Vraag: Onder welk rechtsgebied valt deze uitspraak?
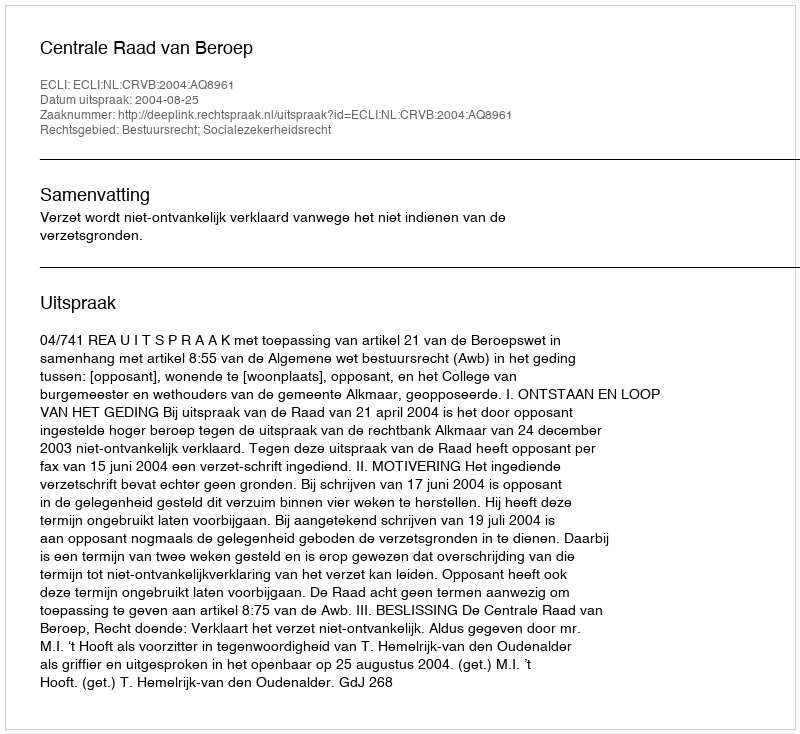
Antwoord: Bestuursrecht; Socialezekerheidsrecht